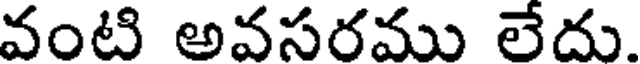
వంటి అవసరము లేదు.